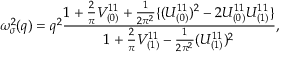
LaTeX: \omega _ { \sigma } ^ { 2 } ( q ) = q ^ { 2 } \frac { 1 + \frac { 2 } { \pi } V _ { ( 0 ) } ^ { 1 1 } + \frac { 1 } { 2 \pi ^ { 2 } } \{ ( U _ { ( 0 ) } ^ { 1 1 } ) ^ { 2 } - 2 U _ { ( 0 ) } ^ { 1 1 } U _ { ( 1 ) } ^ { 1 1 } \} } { 1 + \frac { 2 } { \pi } V _ { ( 1 ) } ^ { 1 1 } - \frac { 1 } { 2 \pi ^ { 2 } } ( U _ { ( 1 ) } ^ { 1 1 } ) ^ { 2 } } ,